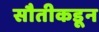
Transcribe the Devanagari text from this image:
सौतीकडून